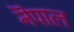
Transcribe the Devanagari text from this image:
नॆपाल